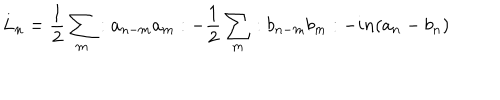
L _ { n } = { \frac 1 2 } \sum _ { m } : a _ { n - m } a _ { m } : - { \frac 1 2 } \sum _ { m } : b _ { n - m } b _ { m } : - i n ( a _ { n } - b _ { n } )